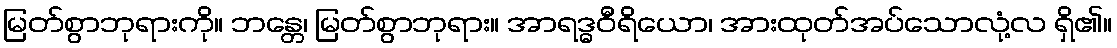
မြတ်စွာဘုရားကို။ ဘန္တေ၊ မြတ်စွာဘုရား။ အာရဒ္ဓဝီရိယော၊ အားထုတ်အပ်သောလုံ့လ ရှိ၏။